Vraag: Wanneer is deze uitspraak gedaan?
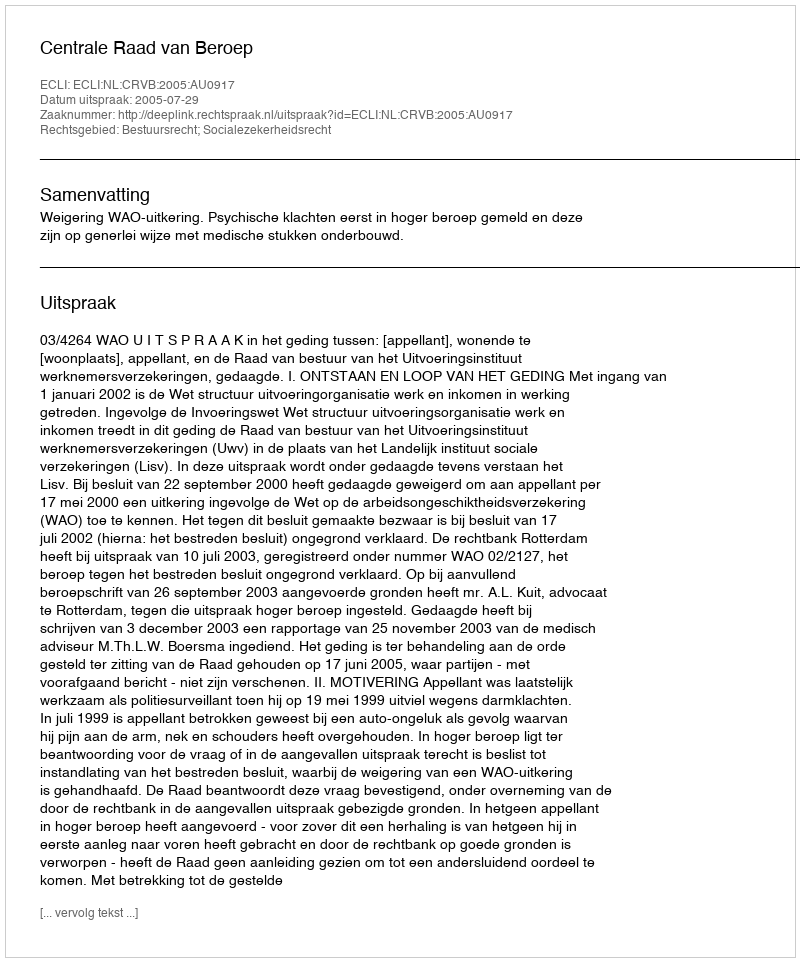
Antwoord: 2005-07-29